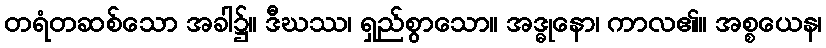
တရံတဆစ်သော အခါ၌။ ဒီဃဿ၊ ရှည်စွာသော။ အဒ္ဓုနော၊ ကာလ၏။ အစ္စယေန၊